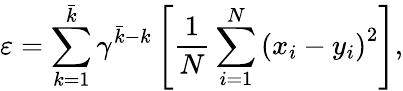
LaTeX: \varepsilon=\sum_{k=1}^{\bar{k}}\gamma^{\bar{k}-k}\left[\frac{1}{N}\sum_{i=1}^{N}\left(x_{i}-y_{i}\right)^{2}\right],